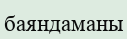
баяндаманы